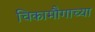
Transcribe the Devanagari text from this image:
चिकामौगाच्या